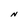
Character: N